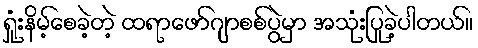
ရှုံးနိမ့်စေခဲ့တဲ့ ထရာဖော်ဂျာစစ်ပွဲမှာ အသုံးပြုခဲ့ပါတယ်။